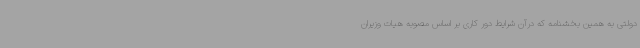
دولتی به همین بخشنامه که درآن شرایط دور کاری بر اساس مصوبه هیات وزیران